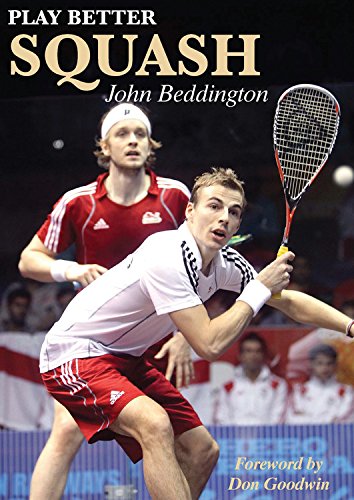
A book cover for Play Better Squash; John Beddington; Sports & Outdoors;